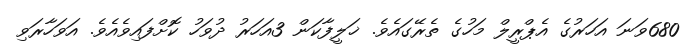
680ވަނަ އަހަރުގެ އެޕްރީލް މަހުގެ ތެރޭގައެވެ. ޚަލީފާކަން 3އަހަރު ދުވަހު ކޮށްފައިވެއެވެ. އަވަހާރަވި